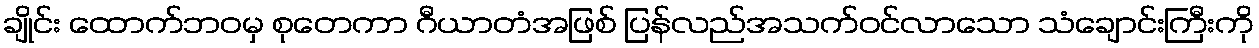
ချိုင်း ထောက်ဘဝမှ စုတေကာ ဂီယာတံအဖြစ် ပြန်လည်အသက်ဝင်လာသော သံချောင်းကြီးကို